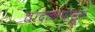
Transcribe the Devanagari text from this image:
तांदळापासुन